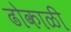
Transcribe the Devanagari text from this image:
ढोकाळी